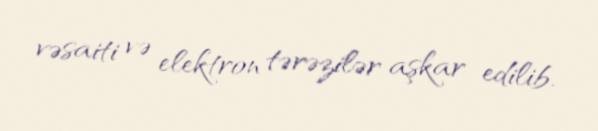
vəsaiti və elektron tərəzilər aşkar edilib.